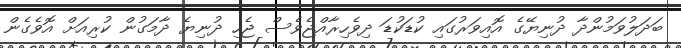
ބަދަލުވަމުންދާ ދުނިޔޭގެ އޮއިވަރުގައި ކުޑަކުޑަ ދިވެހިރާއްޖެވެސް ޖެހި ދުނިޔެ ދާމަގުން ކުރިއަށް އޮވެގެން